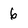
Character: 6